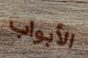
الأبواب